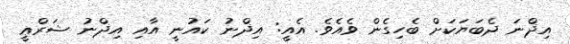
އިޛްނަ ދެބަޔަކަށް ބެހިގެން ވެއެވެ. އެއީ: އިޛްނު ކައުނީ އާއި އިޛްނު ޝަރްޢީ